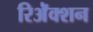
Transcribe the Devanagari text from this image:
रिॲेक्शन